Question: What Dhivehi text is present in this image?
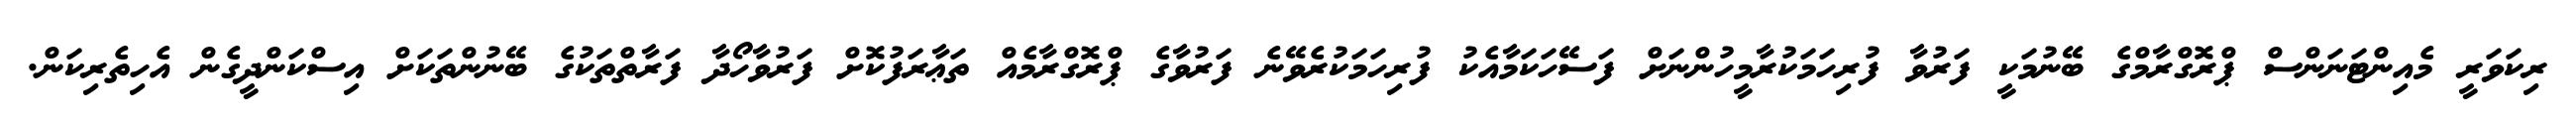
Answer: ރިކަވަރީ މެއިންޓަނަންސް ޕްރޮގްރާމްގެ ބޭނުމަކީ ފަރުވާ ފުރިހަމަކުރާމީހުންނަށް ފަސޭހަކަމާއެކު ފުރިހަމަކުރެވޭނެ ފަރުވާގެ ޕްރޮގްރާމެއް ތަޢާރަފުކޮށް ފަރުވާހޯދާ ފަރާތްތަކުގެ ބޭނުންތަކަށް އިސްކަންދީގެން އެހިތެރިކަން.